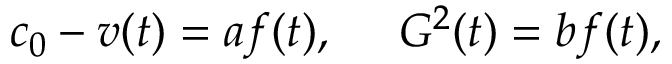
c _ { 0 } - v ( t ) = a f ( t ) , ~ ~ ~ ~ G ^ { 2 } ( t ) = b f ( t ) ,